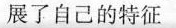
展了自己的特征